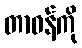
တာဝန်ကို